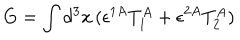
G = \int d ^ { 3 } x \, ( \epsilon ^ { 1 A } T _ { 1 } ^ { A } + \epsilon ^ { 2 A } T _ { 2 } ^ { A } )